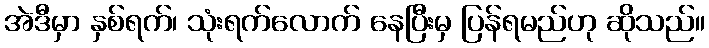
အဲဒီမှာ နှစ်ရက်၊ သုံးရက်လောက် နေပြီးမှ ပြန်ရမည်ဟု ဆိုသည်။